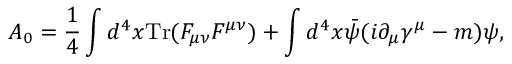
{ \cal A } _ { 0 } = \frac { 1 } { 4 } \int d ^ { 4 } x \mathrm { T r } ( F _ { \mu \nu } F ^ { \mu \nu } ) + \int d ^ { 4 } x \bar { \psi } ( i \partial _ { \mu } \gamma ^ { \mu } - m ) \psi ,